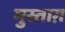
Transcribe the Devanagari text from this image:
मुस्ताग़